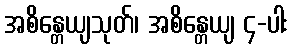
အစိန္တေယျသုတ်၊ အစိန္တေယျ ၄-ပါး